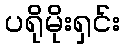
ပရိုမိုးရှင်း